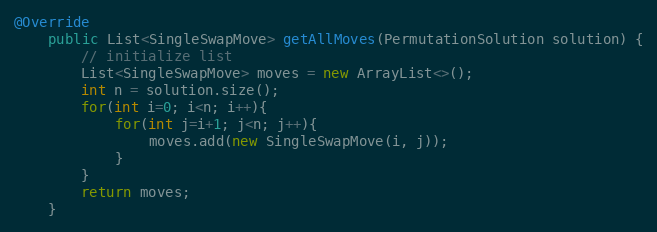
Language: Java
@Override
    public List<SingleSwapMove> getAllMoves(PermutationSolution solution) {
        // initialize list
        List<SingleSwapMove> moves = new ArrayList<>();
        int n = solution.size();
        for(int i=0; i<n; i++){
            for(int j=i+1; j<n; j++){
                moves.add(new SingleSwapMove(i, j));
            }
        }
        return moves;
    }